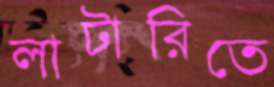
লাটারিতে